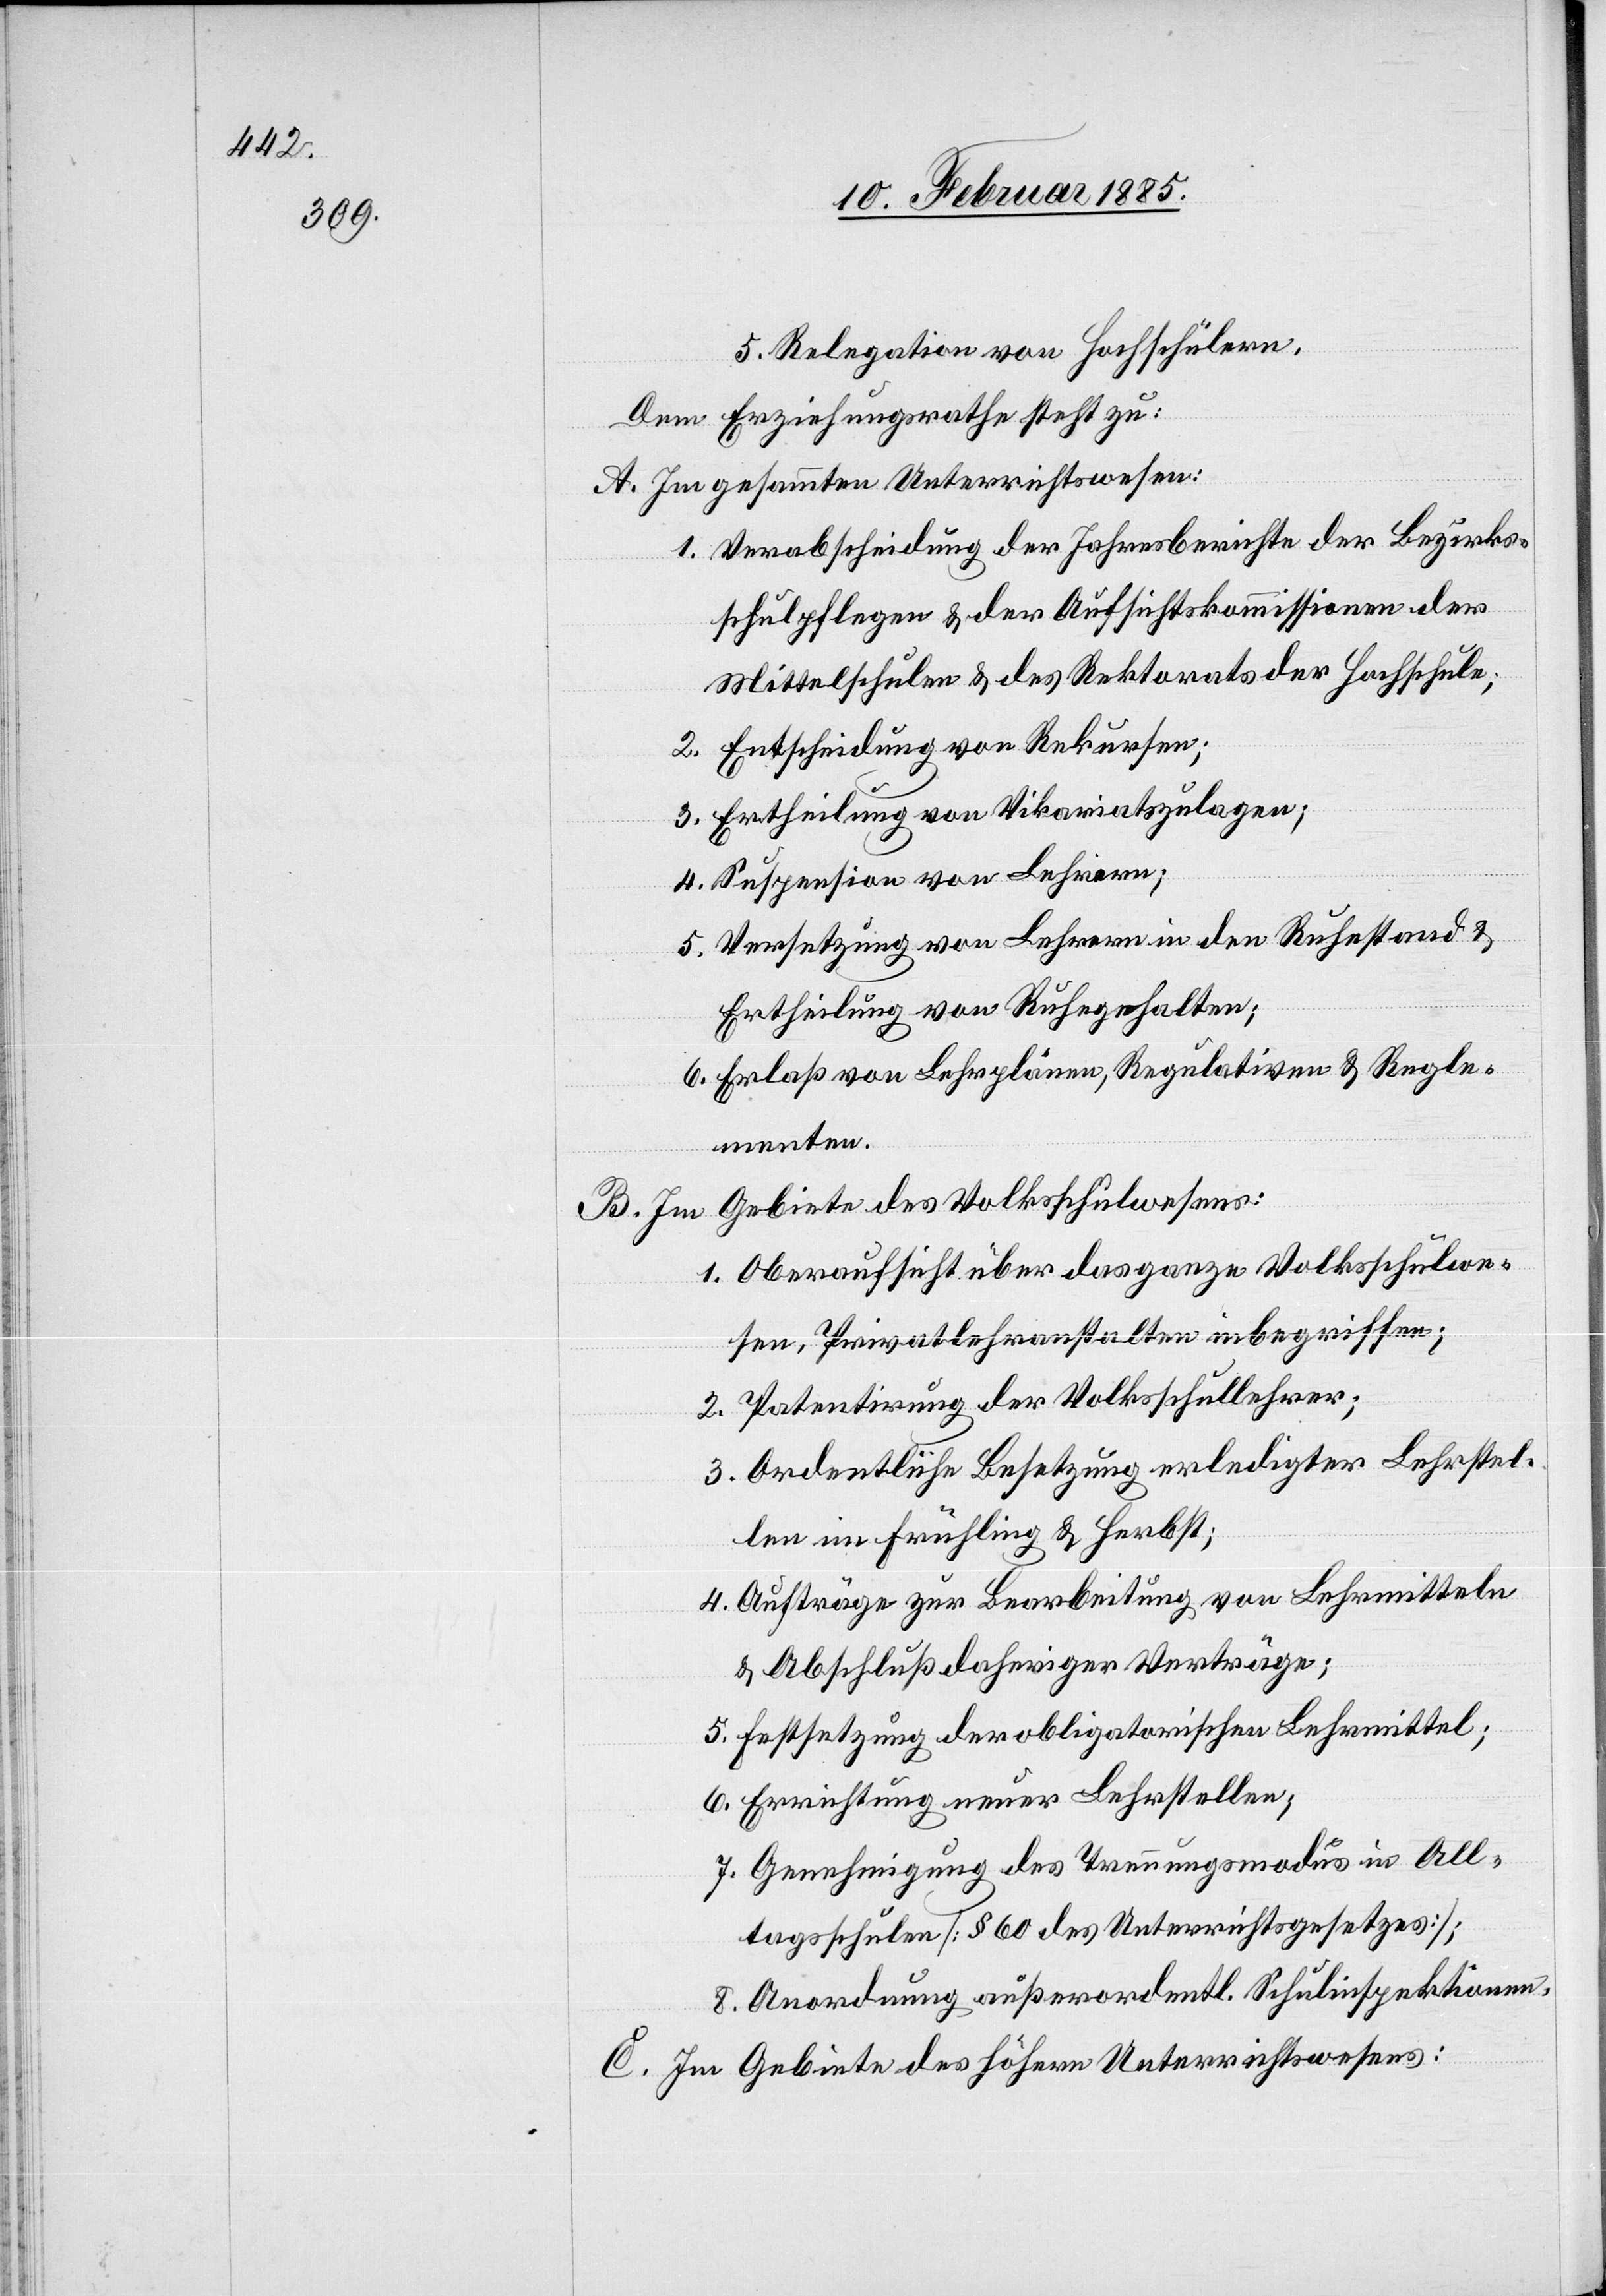
5. Relegation von Hochschülern.
Dem Erziehungsrath steht zu:
A. Im gesammten Unterrichtswesen:
1. Verabschiedung der Jahresberichte der Bezirks¬
schulpflege & der Aufsichtskommissionen der
Mittelschulen & des Rektorats der Hochschule;
2. Entscheidung von Rekursen;
3. Ertheilung von Vikariatszulagen;
4. Suspension von Lehrern;
5. Versetzung von Lehrern in den Ruhestand &
Ertheilung von Ruhegehalten;
6. Erlaß von Lehrplänen, Regulativen & Regle¬
menten.
B. Im Gebiete des Volksschulwesens:
1. Oberaufsicht über das ganze Volksschulwe¬
sen, Privatlehranstalten inbegriffen;
2. Patentirung der Volksschullehrer;
3. Ordentliche Besetzung erledigter Lehrstel¬
len im Frühling & Herbst,
4. Aufträge zur Bearbeitung von Lehrmitteln
& Abschluß daheriger Verträge;
5. Festsetzung der obligatorischen Lehrmittel;
6. Errichtung neuer Lehrstellen;
7. Genehmigung des Trennungsmodus in All¬
tagsschulen [§ 60 des Unterrichtsgesetzes];
8. Anordnung außerordentl. Schulinspektionen.
C. Im Gebiete des höhern Unterrichtswesens: